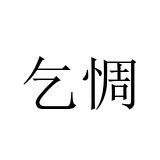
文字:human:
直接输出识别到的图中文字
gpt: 乞惆